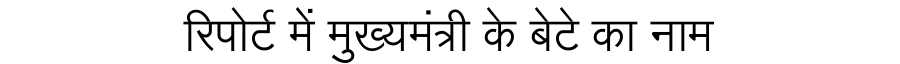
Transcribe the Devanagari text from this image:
रिपोर्ट में मुख्यमंत्री के बेटे का नाम